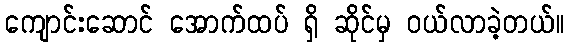
ကျောင်းဆောင် အောက်ထပ် ရှိ ဆိုင်မှ ဝယ်လာခဲ့တယ်။